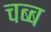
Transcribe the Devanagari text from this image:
चब्ब